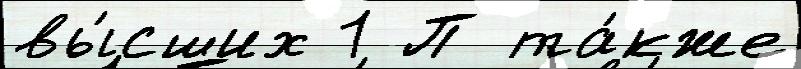
вы́сших 1 П та́кже